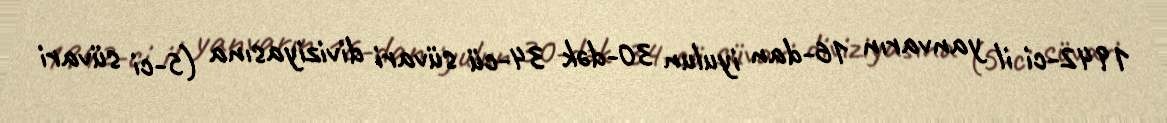
1942-ci il yanvarın 16-dan iyulun 30-dək 34-cü süvari diviziyasına (5-ci süvari